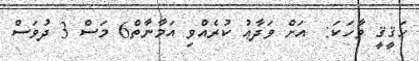
ހަޤީޤީ ވާހަކަ:  އަށް ވަދާޢު ކުރެއްވި އަމާނާތް6 މަސް 3 ދުވަސް